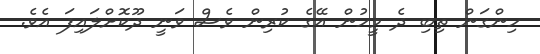
ހިންގަން ތިބި ދެ މީހުން އޭގެ ކުރިން ވެސް ވަނީ ދޫކޮށްލައިފަ އެވެ.